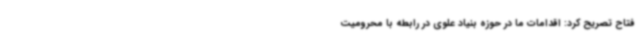
فتاح تصریح کرد: اقدامات ما در حوزه بنیاد علوی در رابطه با محرومیت